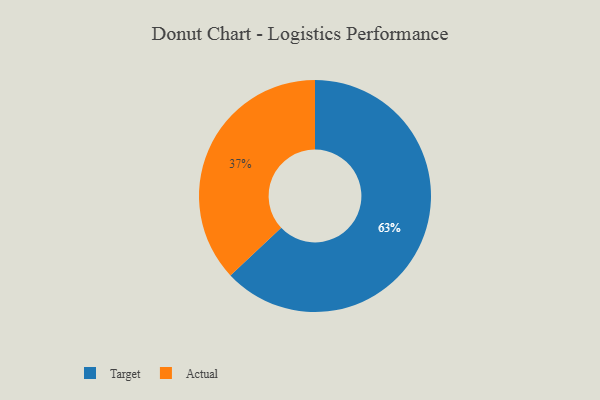
{"axis": {"x": "Category", "y": "Percentage"}, "legend": ["Actual", "Target"], "data": [{"x": "Actual", "y": 37, "type": "Actual"}, {"x": "Target", "y": 63, "type": "Target"}]}